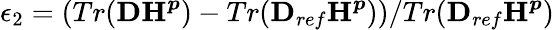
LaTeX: \epsilon_{2}=(Tr(\boldsymbol{\textbf{D}}\boldsymbol{\textbf{H}^{p}})-Tr(\boldsymbol{\textbf{D}}_{ref}\boldsymbol{\textbf{H}^{p}}))/Tr(\boldsymbol{\textbf{D}}_{ref}\boldsymbol{\textbf{H}^{p}})